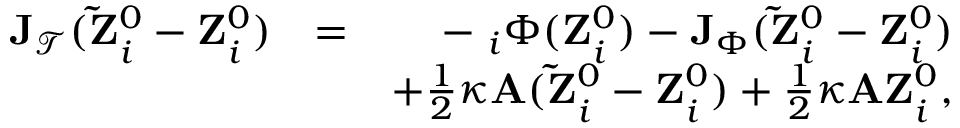
\begin{array} { r l r } { { \bf J } _ { \mathcal { T } } ( { \bf \tilde { Z } } _ { i } ^ { 0 } - { \bf Z } _ { i } ^ { 0 } ) } & { = } & { - { \bf \nabla } _ { i } \Phi ( { \bf Z } _ { i } ^ { 0 } ) - { \bf J } _ { \Phi } ( { \bf \tilde { Z } } _ { i } ^ { 0 } - { \bf Z } _ { i } ^ { 0 } ) } \\ & { } & { + \frac { 1 } { 2 } \kappa { \bf A } ( { \bf \tilde { Z } } _ { i } ^ { 0 } - { \bf Z } _ { i } ^ { 0 } ) + \frac { 1 } { 2 } \kappa { \bf A } { \bf Z } _ { i } ^ { 0 } , } \end{array}